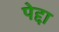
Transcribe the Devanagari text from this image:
पेद्दा